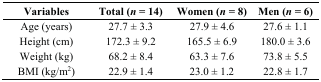
<table><thead><tr><td><b>Variables</b></td><td><b>Total (<i>n</i> = 14)</b></td><td><b>Women (<i>n</i> = 8)</b></td><td><b>Men (<i>n</i> = 6)</b></td></tr></thead><tbody><tr><td>Age (years)</td><td>27.7 ± 3.3</td><td>27.9 ± 4.6</td><td>27.6 ± 1.1</td></tr><tr><td>Height (cm)</td><td>172.3 ± 9.2</td><td>165.5 ± 6.9</td><td>180.0 ± 3.6</td></tr><tr><td>Weight (kg)</td><td>68.2 ± 8.4</td><td>63.3 ± 7.6</td><td>73.8 ± 5.5</td></tr><tr><td>BMI (kg/m<sup>2</sup>)</td><td>22.9 ± 1.4</td><td>23.0 ± 1.2</td><td>22.8 ± 1.7</td></tr></tbody></table>